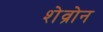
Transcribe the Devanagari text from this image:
शेव्रोन